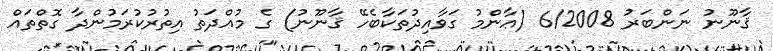
ޤާނޫނު ނަންބަރު 6/2008 (ޢާންމު ގަވާއިދުތަކާބެހޭ ޤާނޫނު) ގެ މުއްދަތު އިތުރުކުރަމުންދާ ގޮތްތައް